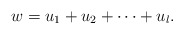
\begin{align*}w=u_1+u_2+\cdots+u_l. \end{align*}